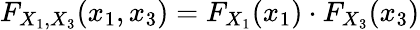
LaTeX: F_{X_{1},X_{3}}(x_{1},x_{3})=F_{X_{1}}(x_{1})\cdot F_{X_{3}}(x_{3})